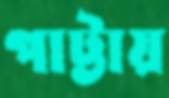
পাট্টায়